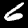
Label: 6